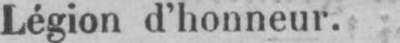
Légion d’honneur.